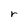
Character: r